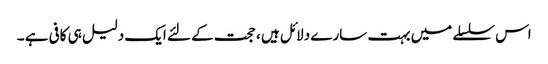
اس سلسلے میں بہت سارے دلائل ہیں ، حجت کے لئے ایک دلیل ہی کافی ہے ۔